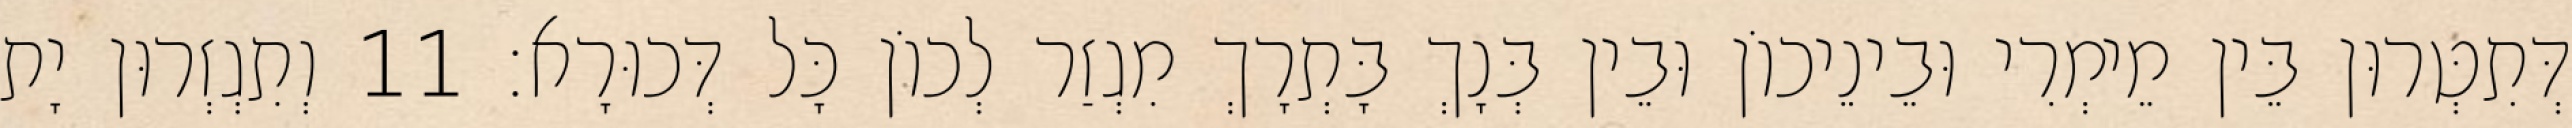
דְּתִטְּרוּן בֵּין מֵימְרִי וּבֵינֵיכוֹן וּבֵין בְּנָךְ בָּתְרָךְ מִגְזַר לְכוֹן כָּל דְּכוּרָא׃ 11 וְתִגְזְרוּן יָת